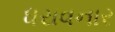
ધરાવનાર